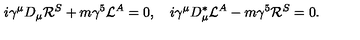
i \gamma ^ { \mu } D _ { \mu } { \cal R } ^ { S } + m \gamma ^ { 5 } { \cal L } ^ { A } = 0 , \quad i \gamma ^ { \mu } D _ { \mu } ^ { \ast } { \cal L } ^ { A } - m \gamma ^ { 5 } { \cal R } ^ { S } = 0 . \quad